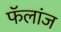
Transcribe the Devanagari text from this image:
फॅलांज